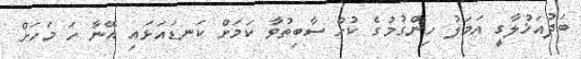
ބަދުއަޚުލާގީ އަމަލު ހިންގުމުގެ ކުށް ސާބިތުވާ ކަމަށް ކަނޑައަޅައި އޭނާ ހަ މަހަށް